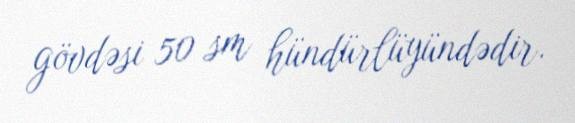
gövdəsi 50 sm hündürlüyündədir.